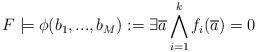
LaTeX: \begin{align*}F\models\phi(b_{1}, ..., b_{M}):=\exists\overline{a}\bigwedge_{i=1}^{k}f_{i}(\overline{a})=0\end{align*}